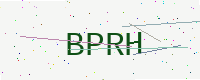
Text: BPRH